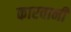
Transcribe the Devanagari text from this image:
कारवानी